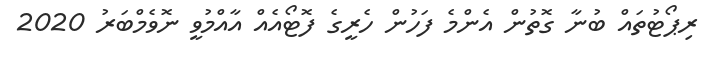
ރިޕޯޓުތައް ބުނާ ގޮތުން އެންމެ ފަހުން ހެރީގެ ފޮޓޯއެއް އާއްމުވީ ނޮވެމްބަރު 2020